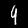
Label: 9